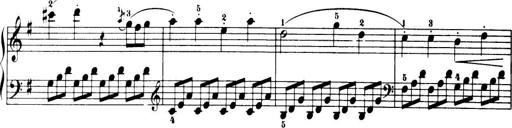
Title: 32 Sonatinas and Rondos for the Piano
Composer: Richard Kleinmichel